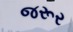
જરૂર